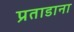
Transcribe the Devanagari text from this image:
प्रताडाना